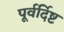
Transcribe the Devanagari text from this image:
पूर्वर्दिष्ट